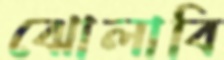
ঝোলাবি